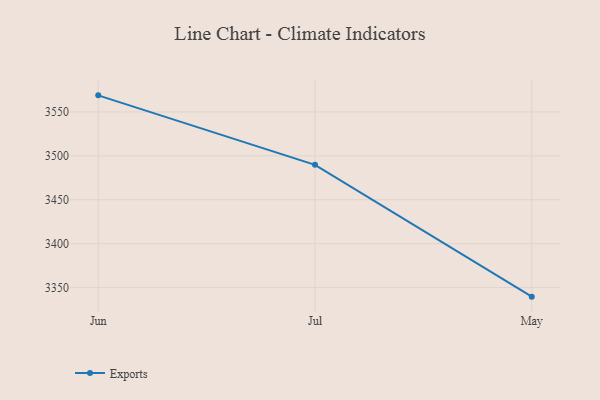
{"axis": {"x": "Month", "y": "LTV (USD)"}, "legend": ["Exports"], "data": [{"x": "Jun", "y": 3568.9, "type": "Exports"}, {"x": "Jul", "y": 3489.8, "type": "Exports"}, {"x": "May", "y": 3339.7, "type": "Exports"}]}